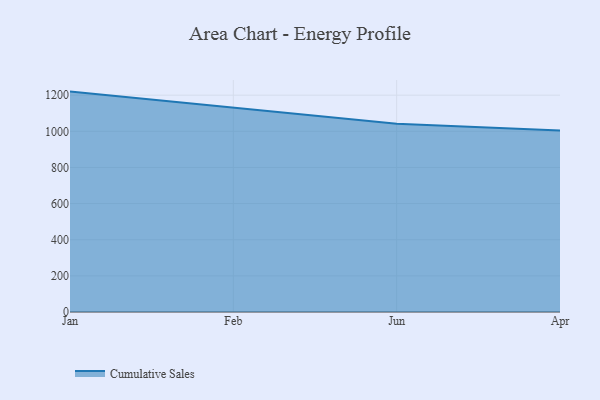
{"axis": {"x": "Month", "y": "Energy Usage (MWh)"}, "legend": ["Cumulative Sales"], "data": [{"x": "Jan", "y": 1219.8, "type": "Cumulative Sales"}, {"x": "Feb", "y": 1128.8, "type": "Cumulative Sales"}, {"x": "Jun", "y": 1041.8, "type": "Cumulative Sales"}, {"x": "Apr", "y": 1004.1, "type": "Cumulative Sales"}]}